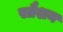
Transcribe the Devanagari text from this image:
स्प्रैशन